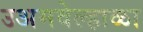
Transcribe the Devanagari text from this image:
उअमवेल्हाळा